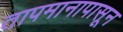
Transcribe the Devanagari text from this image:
तापमानापासून